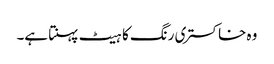
وہ خاکستری رنگ کا ہیٹ پہنتا ہے۔